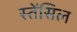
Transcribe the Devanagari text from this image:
स्तेंसिल